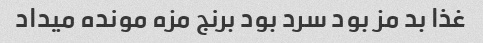
غذا بد مز بود سرد بود برنج مزه مونده میداد